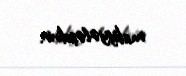
maliyyələşdirir.